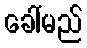
ခေါ်မည်